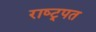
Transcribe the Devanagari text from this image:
राष्ट्र्पत